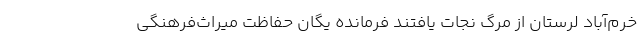
خرم‌آباد لرستان از مرگ نجات یافتند فرمانده یگان حفاظت میراث‌فرهنگی